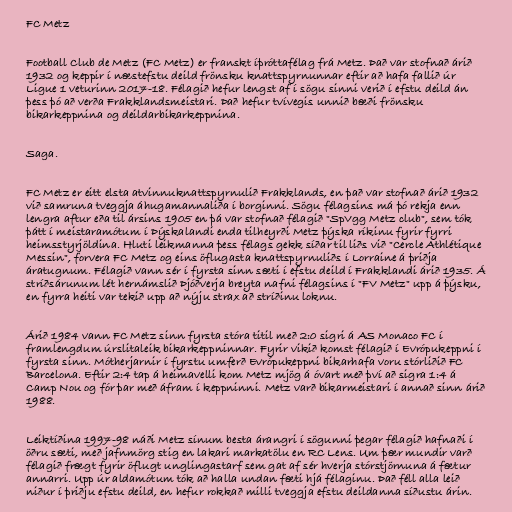
FC Metz

Football Club de Metz (FC Metz) er franskt íþróttafélag frá Metz. Það var stofnað árið
1932 og keppir í næstefstu deild frönsku knattspyrnunnar eftir að hafa fallið úr
Ligue 1 veturinn 2017-18. Félagið hefur lengst af í sögu sinni verið í efstu deild án
þess þó að verða Frakklandsmeistari. Það hefur tvívegis unnið bæði frönsku
bikarkeppnina og deildarbikarkeppnina.

Saga.

FC Metz er eitt elsta atvinnuknattspyrnulið Frakklands, en það var stofnað árið 1932
við samruna tveggja áhugamannaliða í borginni. Sögu félagsins má þó rekja enn
lengra aftur eða til ársins 1905 en þá var stofnað félagið "SpVgg Metz club", sem tók
þátt í meistaramótum í Þýskalandi enda tilheyrði Metz þýska ríkinu fyrir fyrri
heimsstyrjöldina. Hluti leikmanna þess félags gekk síðar til liðs við "Cercle Athlétique
Messin", forvera FC Metz og eins öflugasta knattspyrnuliðs í Lorraine á þriðja
áratugnum. Félagið vann sér í fyrsta sinn sæti í efstu deild í Frakklandi árið 1935. Á
stríðsárunum lét hernámslið Þjóðverja breyta nafni félagsins í "FV Metz" upp á þýsku,
en fyrra heiti var tekið upp að nýju strax að stríðinu loknu.

Árið 1984 vann FC Metz sinn fyrsta stóra titil með 2:0 sigri á AS Monaco FC í
framlengdum úrslitaleik bikarkeppninnar. Fyrir vikið komst félagið í Evrópukeppni í
fyrsta sinn. Mótherjarnir í fyrstu umferð Evrópukeppni bikarhafa voru stórliðið FC
Barcelona. Eftir 2:4 tap á heimavelli kom Metz mjög á óvart með því að sigra 1:4 á
Camp Nou og fór þar með áfram í keppninni. Metz varð bikarmeistari í annað sinn árið
1988.

Leiktíðina 1997-98 náði Metz sínum besta árangri í sögunni þegar félagið hafnaði í
öðru sæti, með jafnmörg stig en lakari markatölu en RC Lens. Um þær mundir varð
félagið frægt fyrir öflugt unglingastarf sem gat af sér hverja stórstjörnuna á fætur
annarri. Upp úr aldamótum tók að halla undan fæti hjá félaginu. Það féll alla leið
niður í þriðju efstu deild, en hefur rokkað milli tveggja efstu deildanna síðustu árin.